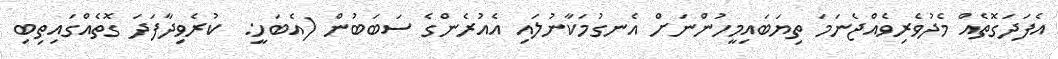
އެފަދަގޮތެއް މެދުވެރިވެއްޖެނަމަ ތިޔަބައިމީހުންނަށް އެނގުމަކާނުލައި އެއުރެންގެ ސަބަބުން (އެބަހީ:  ކުރެވިދާފަދަ ގޮތެއްގައިތިބި